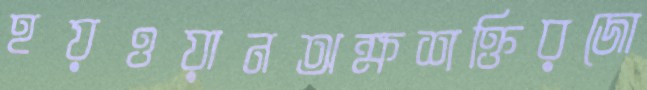
হয়ওয়ানঅক্ষশক্তিরজো